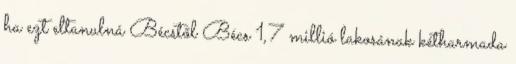
ha ezt eltanulná Bécstől Bécs 1,7 millió lakosának kétharmada